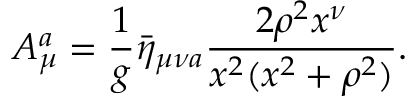
A _ { \mu } ^ { a } = \frac { 1 } { g } \bar { \eta } _ { \mu \nu a } \frac { 2 \rho ^ { 2 } x ^ { \nu } } { x ^ { 2 } ( x ^ { 2 } + \rho ^ { 2 } ) } .